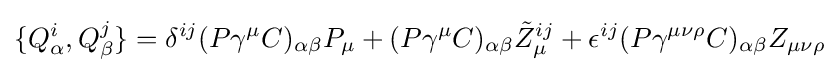
\{Q_{\alpha }^{i},Q_{\beta }^{j}\}=\delta ^{ij}(P\gamma ^{\mu }C)_{\alpha \beta }P_{\mu }+(P\gamma ^{\mu }C)_{\alpha \beta }{\tilde {Z}}_{\mu }^{ij}+\epsilon ^{ij}(P\gamma ^{\mu \nu \rho }C)_{\alpha \beta }Z_{\mu \nu \rho }